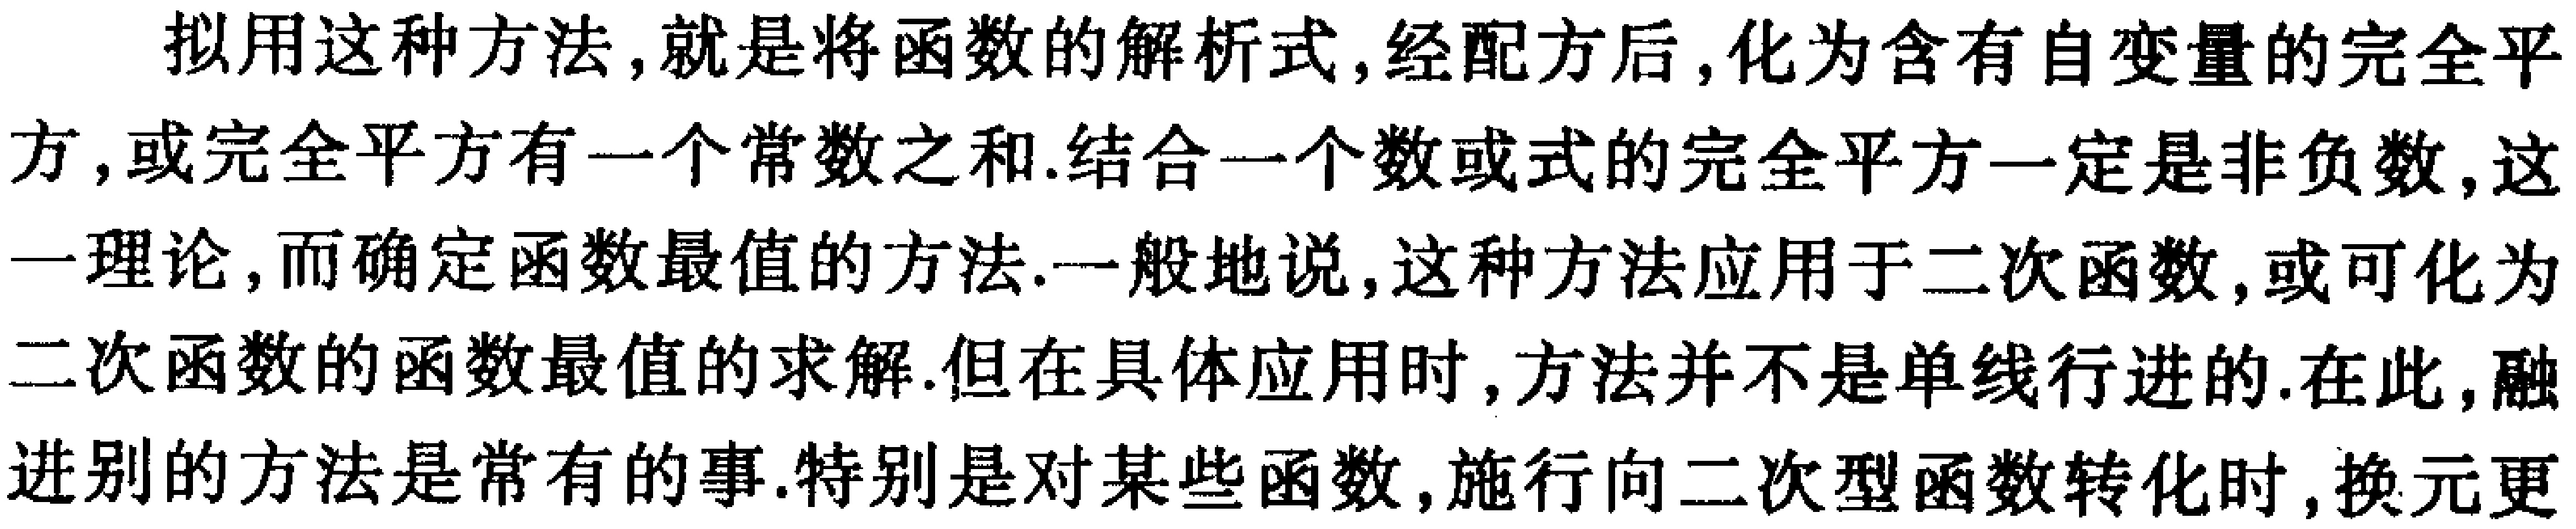
拟用这种方法,就是将函数的解析式,经配方后,化为含有自变量的完全平方,或完全平方有一个常数之和.结合一个数或式的完全平方一定是非负数,这一理论,而确定函数最值的方法.一般地说,这种方法应用于二次函数,或可化为二次函数的函数最值的求解.但在具体应用时,方法并不是单线行进的.在此,融进别的方法是常有的事.特别是对某些函数,施行向二次型函数转化时,换元更